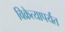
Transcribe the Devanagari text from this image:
विक्रेत्यापर्यंत